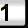
Digit: 1